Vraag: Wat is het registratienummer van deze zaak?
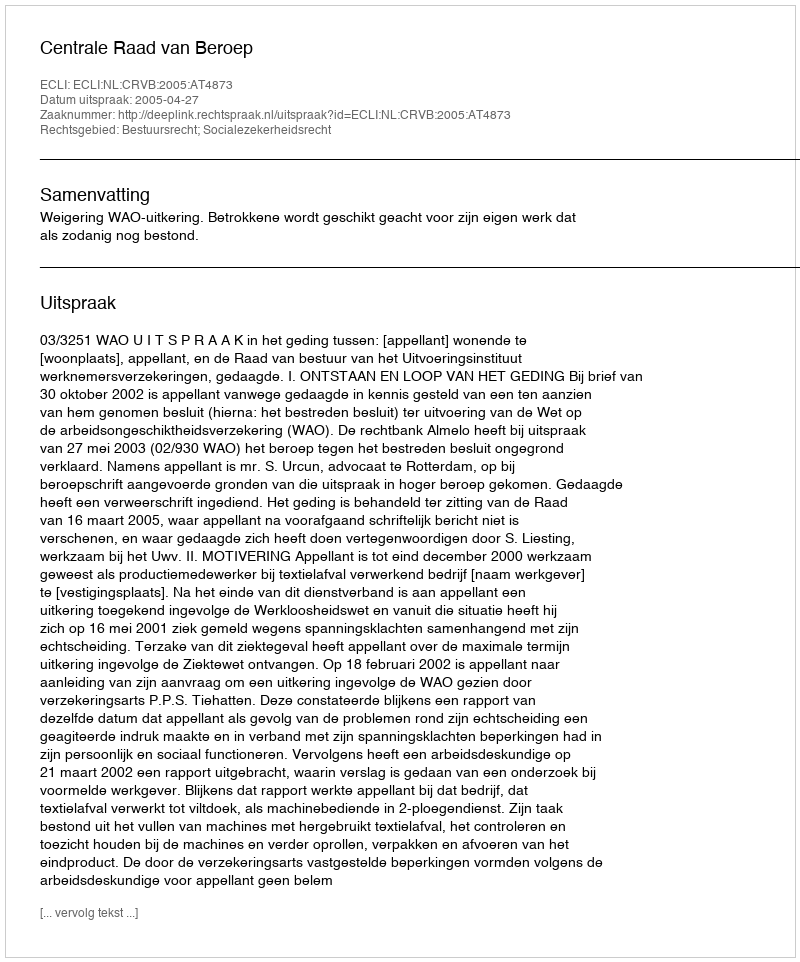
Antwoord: http://deeplink.rechtspraak.nl/uitspraak?id=ECLI:NL:CRVB:2005:AT4873